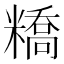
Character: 𥼱